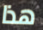
هذا